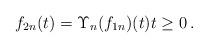
LaTeX: \begin{align*}f_{2n}(t)=\Upsilon_n(f_{1n})(t)t\ge0\,.\end{align*}